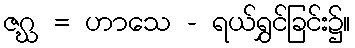
ဇဂ္ဃ = ဟာသေ - ရယ်ရွှင်ခြင်း၌။